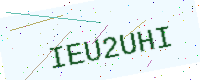
Text: IEU2UHI